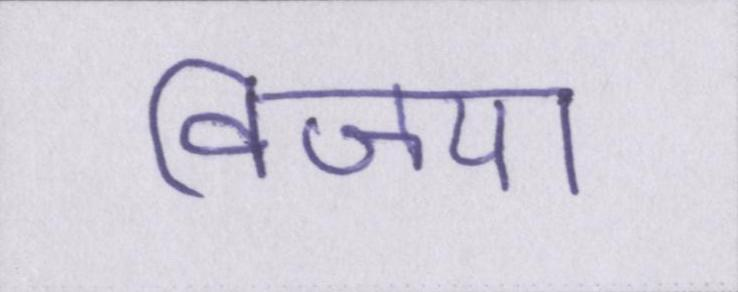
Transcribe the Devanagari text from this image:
विजया